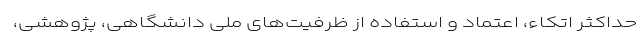
حداکثر اتکاء، اعتماد و استفاده از ظرفیت‌های ملی دانشگاهی، پژوهشی،